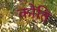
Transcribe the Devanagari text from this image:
कोति